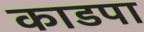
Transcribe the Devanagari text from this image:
काडपा